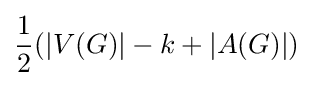
{\frac {1}{2}}(|V(G)|-k+|A(G)|)